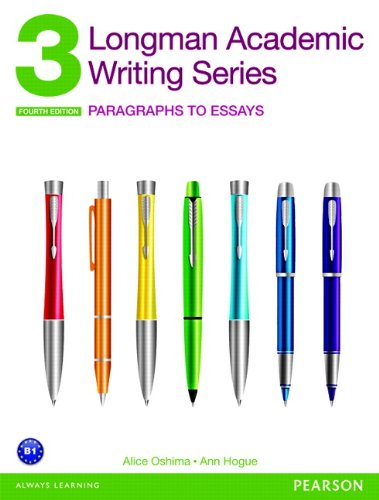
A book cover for Longman Academic Writing Series 3: Paragraphs to Essays (4th Edition); Alice Oshima; Reference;